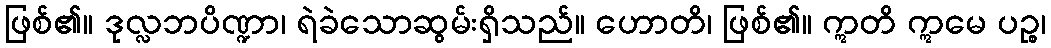
ဖြစ်၏။ ဒုလ္လဘပိဏ္ဍာ၊ ရဲခဲသောဆွမ်းရှိသည်။ ဟောတိ၊ ဖြစ်၏။ ဣတိ ဣမေ ပဉ္စ၊